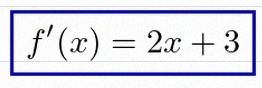
f'(x)=2x+3